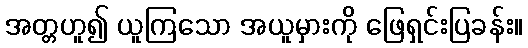
အတ္တဟူ၍ ယူကြသော အယူမှားကို ဖြေရှင်းပြခန်း။